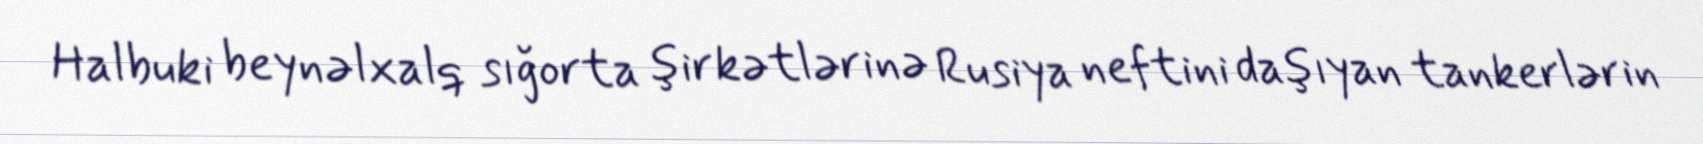
Halbuki beynəlxalq sığorta şirkətlərinə Rusiya neftini daşıyan tankerlərin